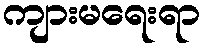
ကျားမရေးရာ